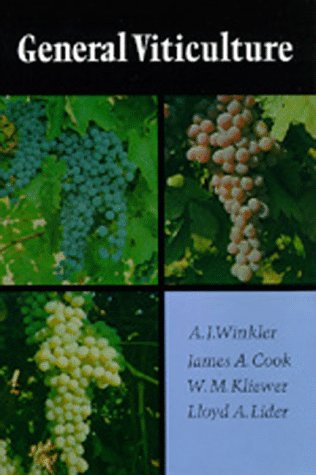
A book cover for General Viticulture; A. J. Winkler; Crafts, Hobbies & Home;